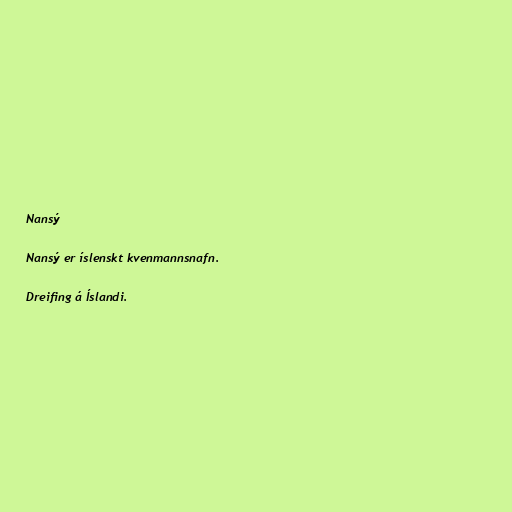
Nansý

Nansý er íslenskt kvenmannsnafn.

Dreifing á Íslandi.